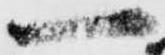
一